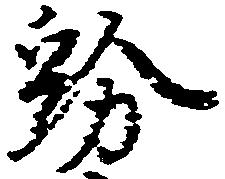
紛